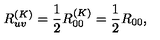
R _ { u v } ^ { ( K ) } = \frac { 1 } { 2 } R _ { 0 0 } ^ { ( K ) } = \frac { 1 } { 2 } R _ { 0 0 } ,